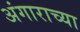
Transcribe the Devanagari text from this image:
अंगाराच्या